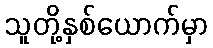
သူတို့နှစ်ယောက်မှာ